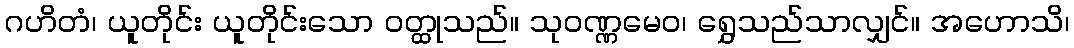
ဂဟိတံ၊ ယူတိုင်း ယူတိုင်းသော ဝတ္ထုသည်။ သုဝဏ္ဏမေဝ၊ ရွှေသည်သာလျှင်။ အဟောသိ၊